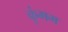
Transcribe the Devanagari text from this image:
कुंभम